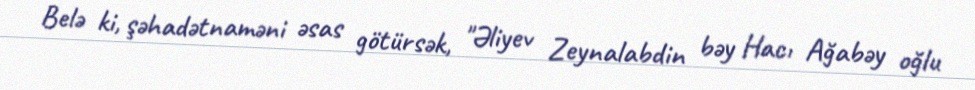
Belə ki, şəhadətnaməni əsas götürsək, "Əliyev Zeynalabdin bəy Hacı Ağabəy oğlu